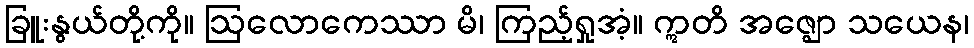
ခြူးနွယ်တို့ကို။ ဩလောကေဿာ မိ၊ ကြည့်ရှုအံ့။ ဣတိ အဇ္ဈော သယေန၊